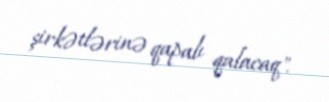
şirkətlərinə qapalı qalacaq".